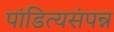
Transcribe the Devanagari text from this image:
पांडित्यसंपन्न